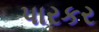
પારકર